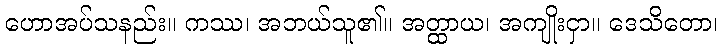
ဟောအပ်သနည်း။ ကဿ၊ အဘယ်သူ၏။ အတ္ထာယ၊ အကျိုးငှာ။ ဒေသိတော၊